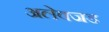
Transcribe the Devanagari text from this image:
अलेक्जड